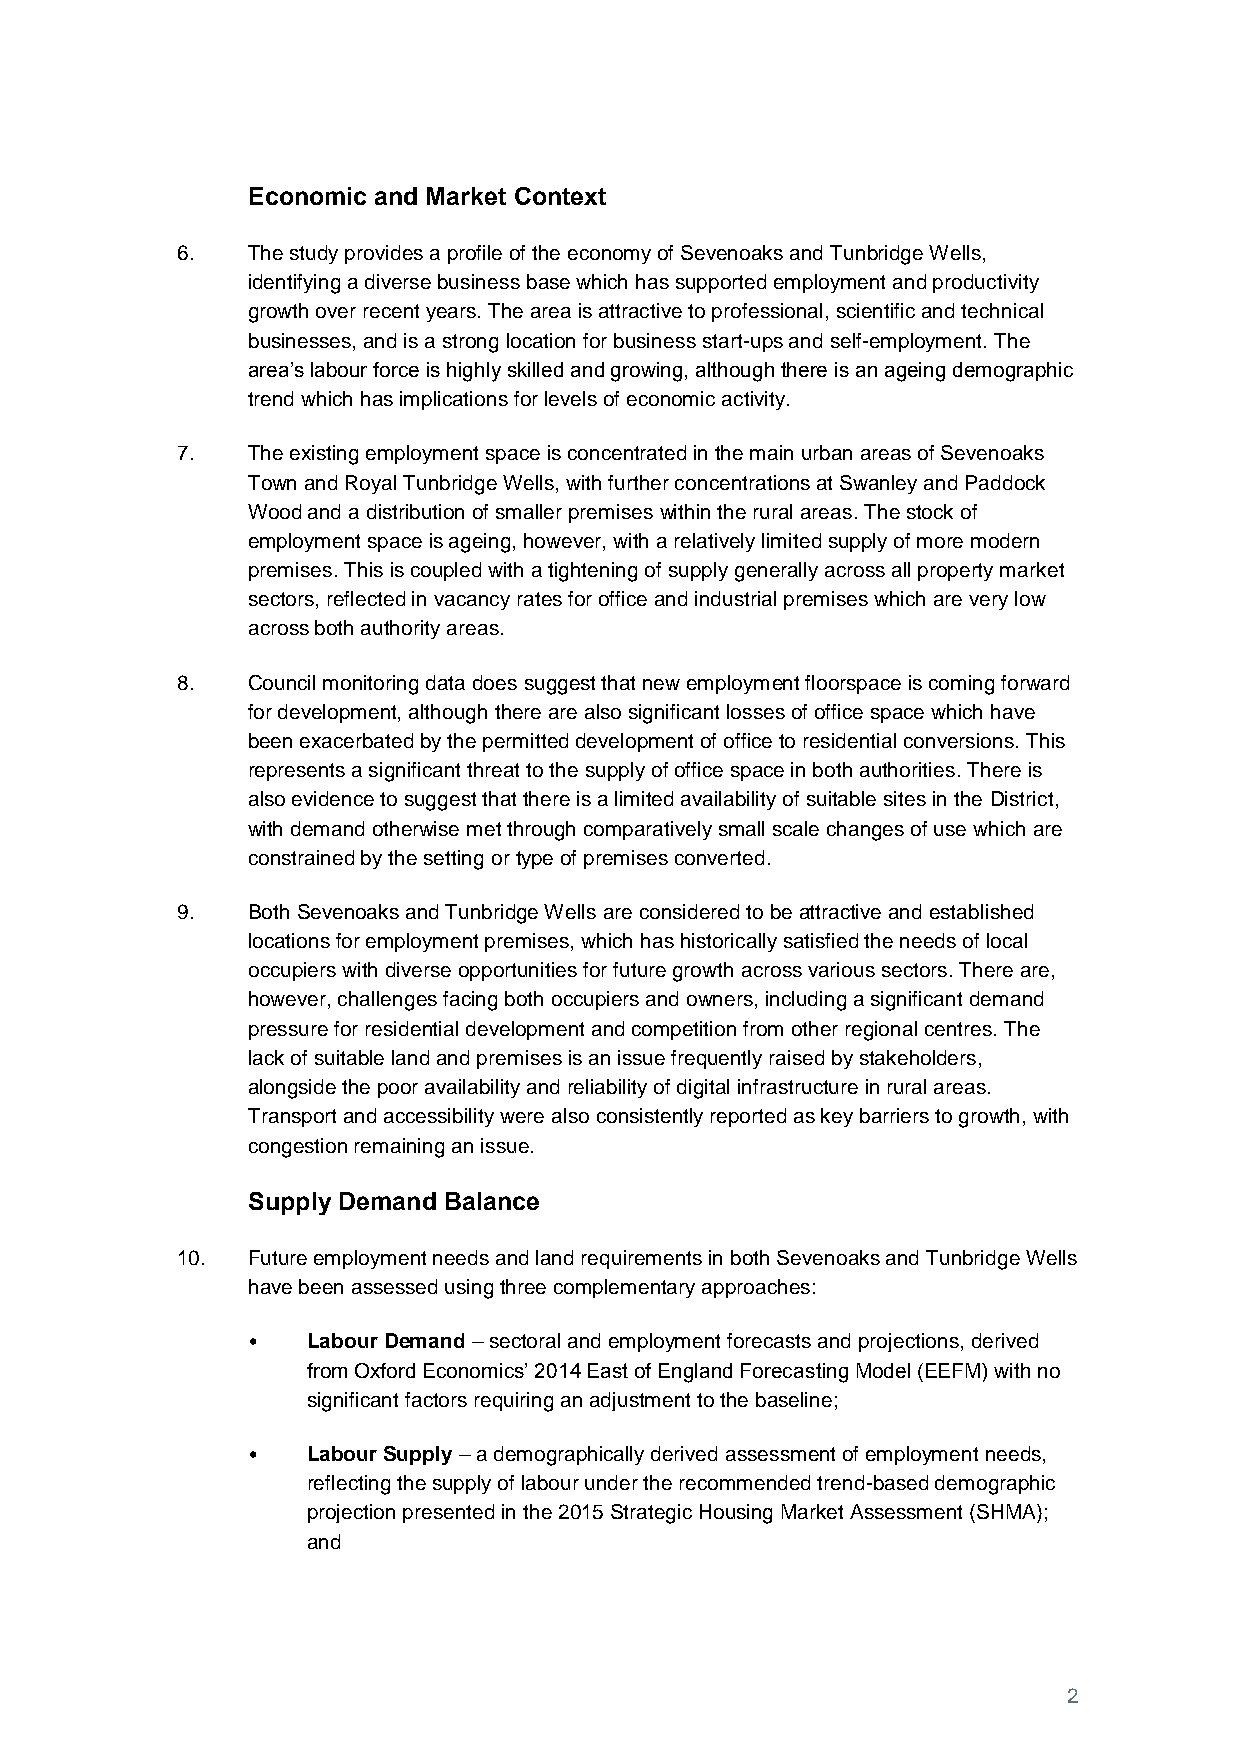
Economic and Market Context
 6.  The study provides a profile of the economy of Sevenoaks and Tunbridge Wells,
 identifying a diverse business base which has supported employment and productivity
 growth over recent years. The area is attractive to professional, scientific and technical
 businesses, and is a strong location for business start-ups and self-employment. The
 area’s labour force is highly skilled and growing, although there is an ageing demographic
 trend which has implications for levels of economic activity.
 7.  The existing employment space is concentrated in the main urban areas of Sevenoaks
 Town and Royal Tunbridge Wells, with further concentrations at Swanley and Paddock
 Wood and a distribution of smaller premises within the rural areas. The stock of
 employment space is ageing, however, with a relatively limited supply of more modern
 premises. This is coupled with a tightening of supply generally across all property market
 sectors, reflected in vacancy rates for office and industrial premises which are very low
 across both authority areas.
 8.  Council monitoring data does suggest that new employment floorspace is coming forward
 for development, although there are also significant losses of office space which have
 been exacerbated by the permitted development of office to residential conversions. This
 represents a significant threat to the supply of office space in both authorities. There is
 also evidence to suggest that there is a limited availability of suitable sites in the District,
 with demand otherwise met through comparatively small scale changes of use which are
 constrained by the setting or type of premises converted.
 9.  Both Sevenoaks and Tunbridge Wells are considered to be attractive and established
 locations for employment premises, which has historically satisfied the needs of local
 occupiers with diverse opportunities for future growth across various sectors. There are,
 however, challenges facing both occupiers and owners, including a significant demand
 pressure for residential development and competition from other regional centres. The
 lack of suitable land and premises is an issue frequently raised by stakeholders,
 alongside the poor availability and reliability of digital infrastructure in rural areas.
 Transport and accessibility were also consistently reported as key barriers to growth, with
 congestion remaining an issue.
 Supply Demand Balance
 10. Future employment needs and land requirements in both Sevenoaks and Tunbridge Wells
 have been assessed using three complementary approaches:
 •   Labour Demand – sectoral and employment forecasts and projections, derived
 from Oxford Economics’ 2014 East of England Forecasting Model (EEFM) with no
 significant factors requiring an adjustment to the baseline;
 •   Labour Supply – a demographically derived assessment of employment needs,
 reflecting the supply of labour under the recommended trend-based demographic
 projection presented in the 2015 Strategic Housing Market Assessment (SHMA);
 and
 2